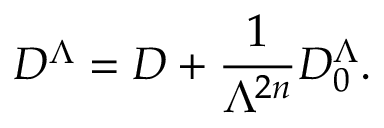
D ^ { \Lambda } = D + \frac { 1 } { \Lambda ^ { 2 n } } D _ { 0 } ^ { \Lambda } .